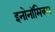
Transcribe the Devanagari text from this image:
इनोनॉमिक्स